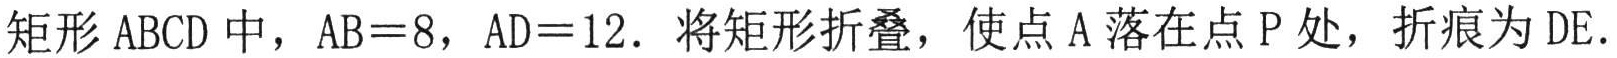
矩形 \(ABCD\) 中，\(AB = 8\)，\(AD = 12\)．将矩形折叠，使点 \(A\) 落在点 \(P\) 处，折痕为 \(DE\)．